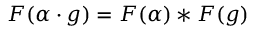
F ( \alpha \cdot g ) = F ( \alpha ) * F ( g )